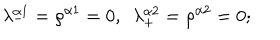
LaTeX: \lambda _ { - } ^ { \alpha 1 } = \rho ^ { \alpha 1 } = 0 , \ \ \lambda _ { + } ^ { \alpha 2 } = \rho ^ { \alpha 2 } = 0 ;